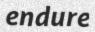
endure